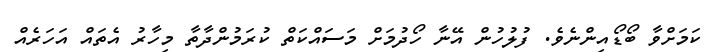
ކަމަށްވާ ބޯޑޯއިންނެވެ. ފުލުހުން އޭނާ ހޯދުމަށް މަސައްކަތް ކުރަމުންދާތާ މިހާރު އެތައް އަހަރެއް